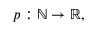
p : \mathbb { N } \rightarrow \mathbb { R } ,